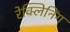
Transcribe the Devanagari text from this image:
रेक्लिनिंग